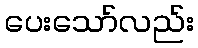
ပေးသော်လည်း